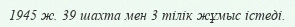
1945 ж. 39 шахта мен 3 тілік жұмыс істеді.